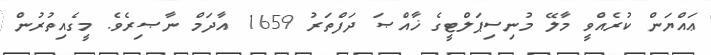
ޢައްޔަން ކުރެއްވީ މާލޭ މުނިސިޕަލްޓީގެ ޚާއްޞަ ދަފްތަރު 1659 އާދަމް ނާޞިރެވެ. މީގެއިތުރުން